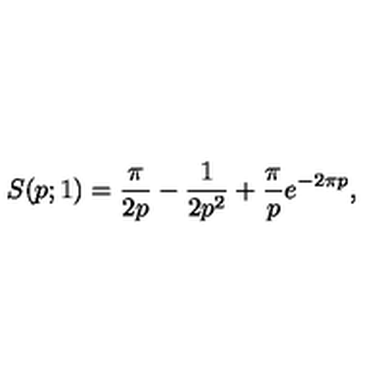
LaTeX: S ( p ; 1 ) = \frac { \pi } { 2 p } - \frac { 1 } { 2 p ^ { 2 } } + \frac { \pi } { p } e ^ { - 2 \pi p } ,